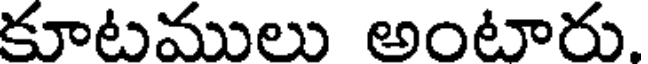
కూటములు అంటారు.